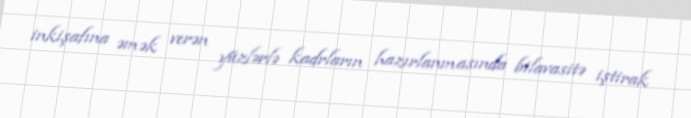
inkişafına əmək verən yüzlərlə kadrların hazırlanmasında bilavasitə iştirak